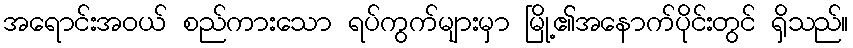
အရောင်းအဝယ် စည်ကားသော ရပ်ကွက်များမှာ မြို့၏အနောက်ပိုင်းတွင် ရှိသည်။